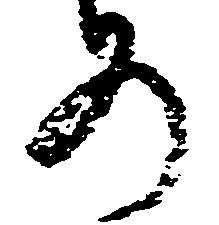
め